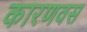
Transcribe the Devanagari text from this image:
कारणवस